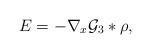
LaTeX: \begin{align*} E=-\nabla_x \mathcal{G}_3 \ast \rho,\end{align*}